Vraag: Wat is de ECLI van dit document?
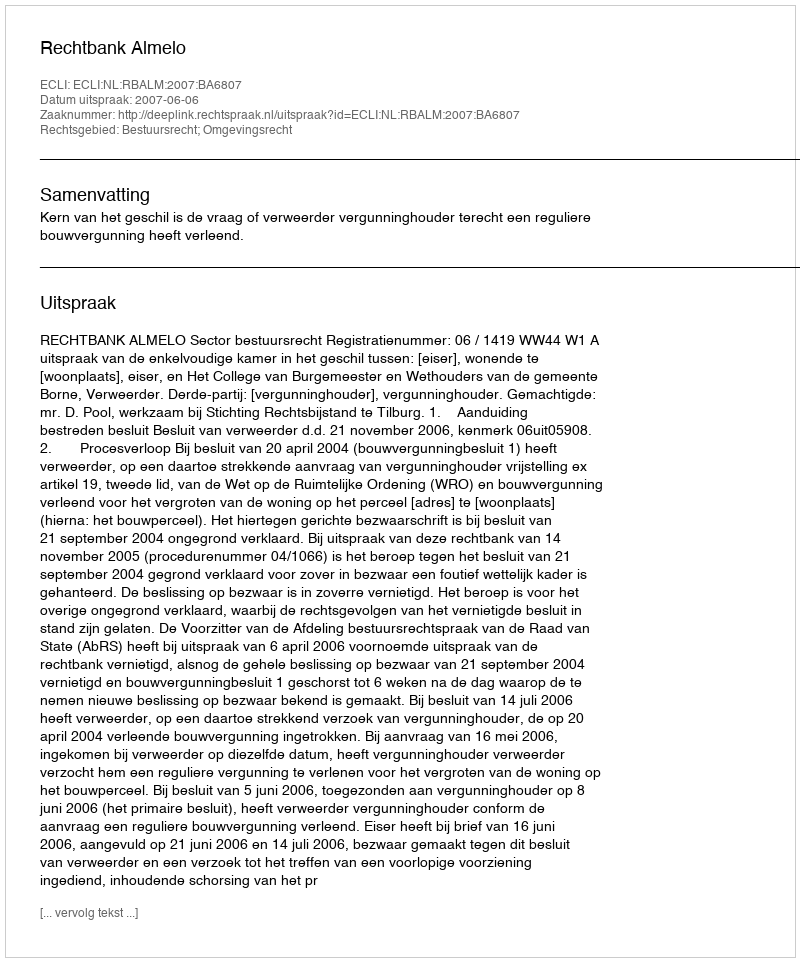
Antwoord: ECLI:NL:RBALM:2007:BA6807